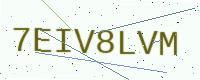
Text: 7EIV8LVM